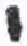
אות: י